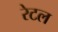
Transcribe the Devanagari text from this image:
रेटल